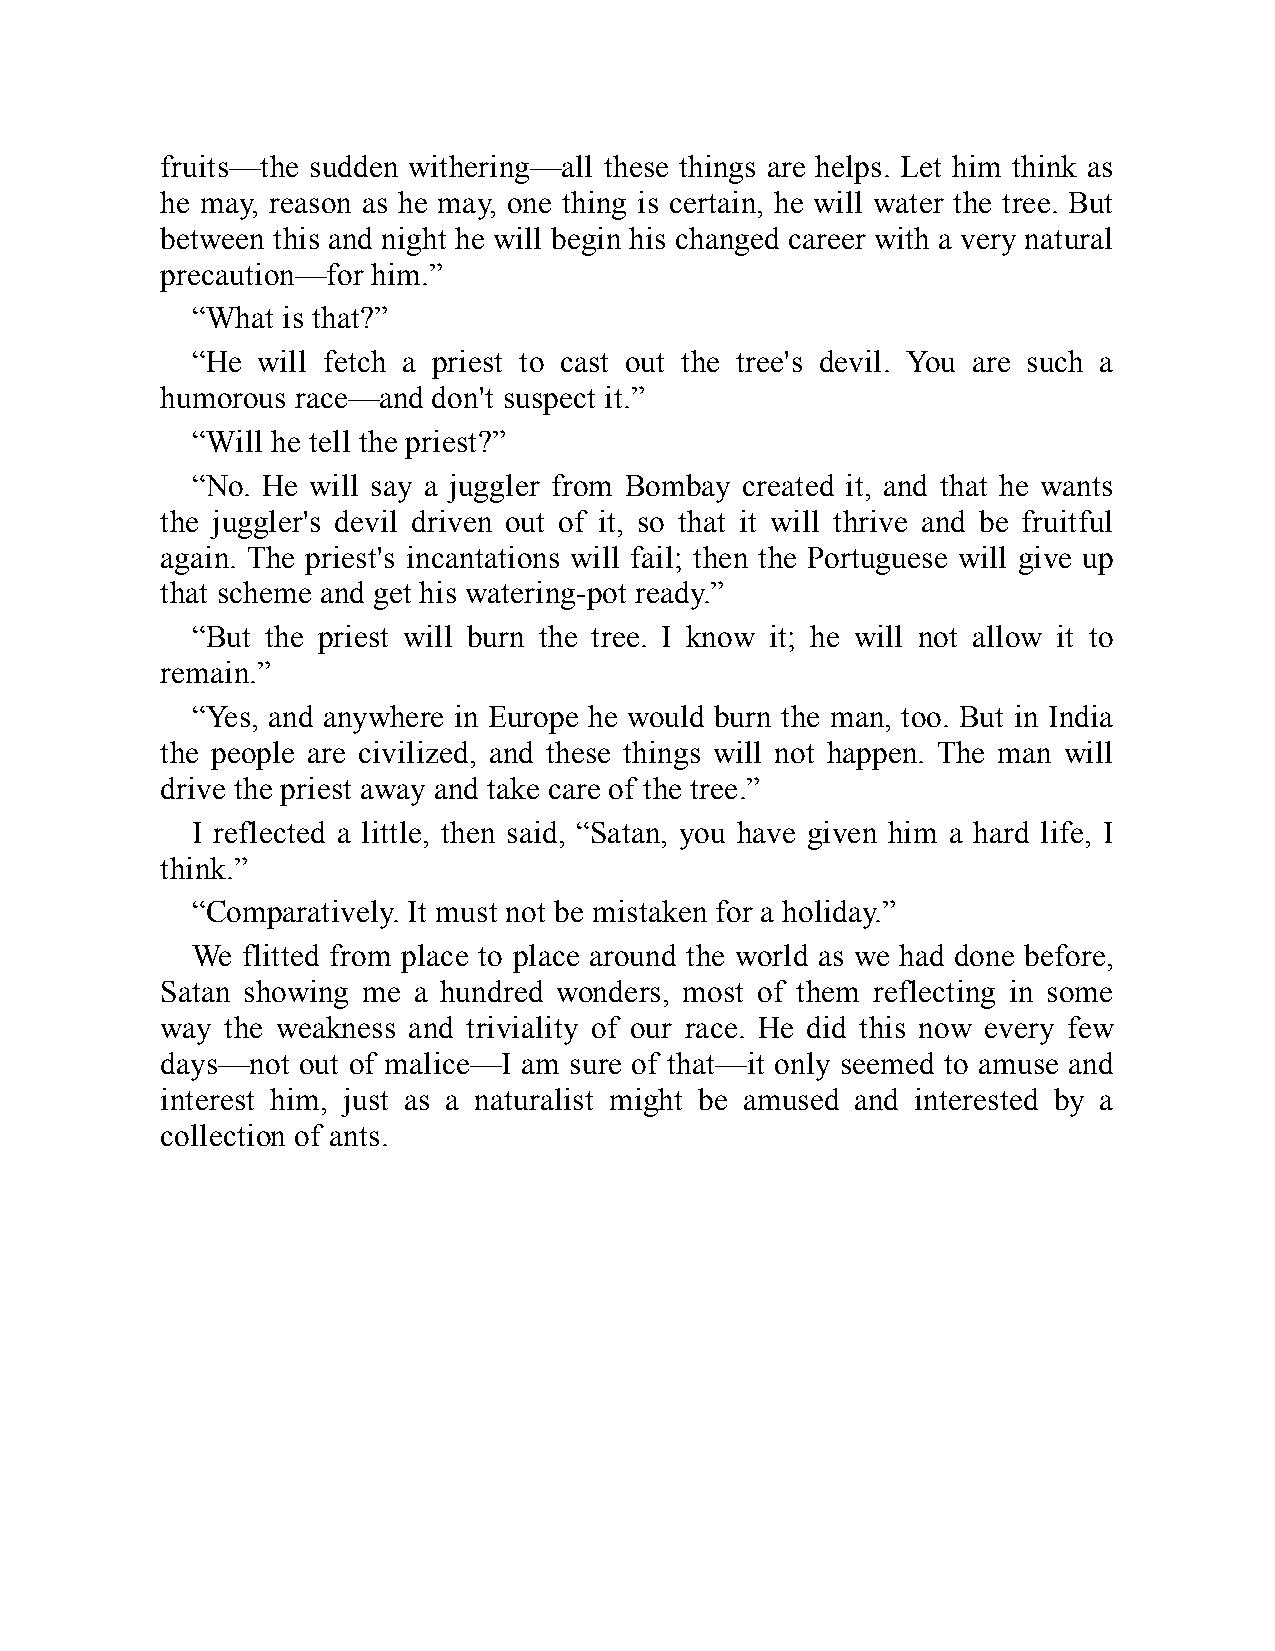
fruits—the sudden withering—all these things are helps. Let him think as
 he may, reason as he may, one thing is certain, he will water the tree. But
 between this and night he will begin his changed career with a very natural
 precaution—for him.”
 “What is that?”
 “He will fetch a priest to cast out the tree's devil. You are such a
 humorous race—and don't suspect it.”
 “Will he tell the priest?”
 “No. He will say a juggler from Bombay created it, and that he wants
 the juggler's devil driven out of it, so that it will thrive and be fruitful
 again. The priest's incantations will fail; then the Portuguese will give up
 that scheme and get his watering-pot ready.”
 “But the priest will burn the tree. I know it; he will not allow it to
 remain.”
 “Yes, and anywhere in Europe he would burn the man, too. But in India
 the people are civilized, and these things will not happen. The man will
 drive the priest away and take care of the tree.”
 I reflected a little, then said, “Satan, you have given him a hard life, I
 think.”
 “Comparatively. It must not be mistaken for a holiday.”
 We flitted from place to place around the world as we had done before,
 Satan showing me a hundred wonders, most of them reflecting in some
 way the weakness and triviality of our race. He did this now every few
 days—not out of malice—I am sure of that—it only seemed to amuse and
 interest him, just as a naturalist might be amused and interested by a
 collection of ants.